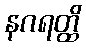
နဂရတ္ထိ